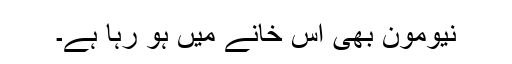
نیومون بھی اس خانے میں ہو رہا ہے۔